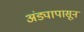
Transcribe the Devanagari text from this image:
अंड्यापासून